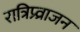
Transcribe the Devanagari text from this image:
रात्रिप्र्व्राजन